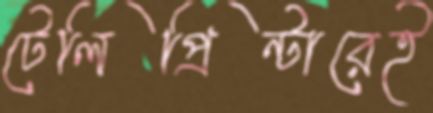
টেলিপ্রিন্টারেই